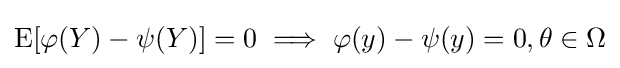
\operatorname {E} [\varphi (Y)-\psi (Y)]=0\implies \varphi (y)-\psi (y)=0,\theta \in \Omega